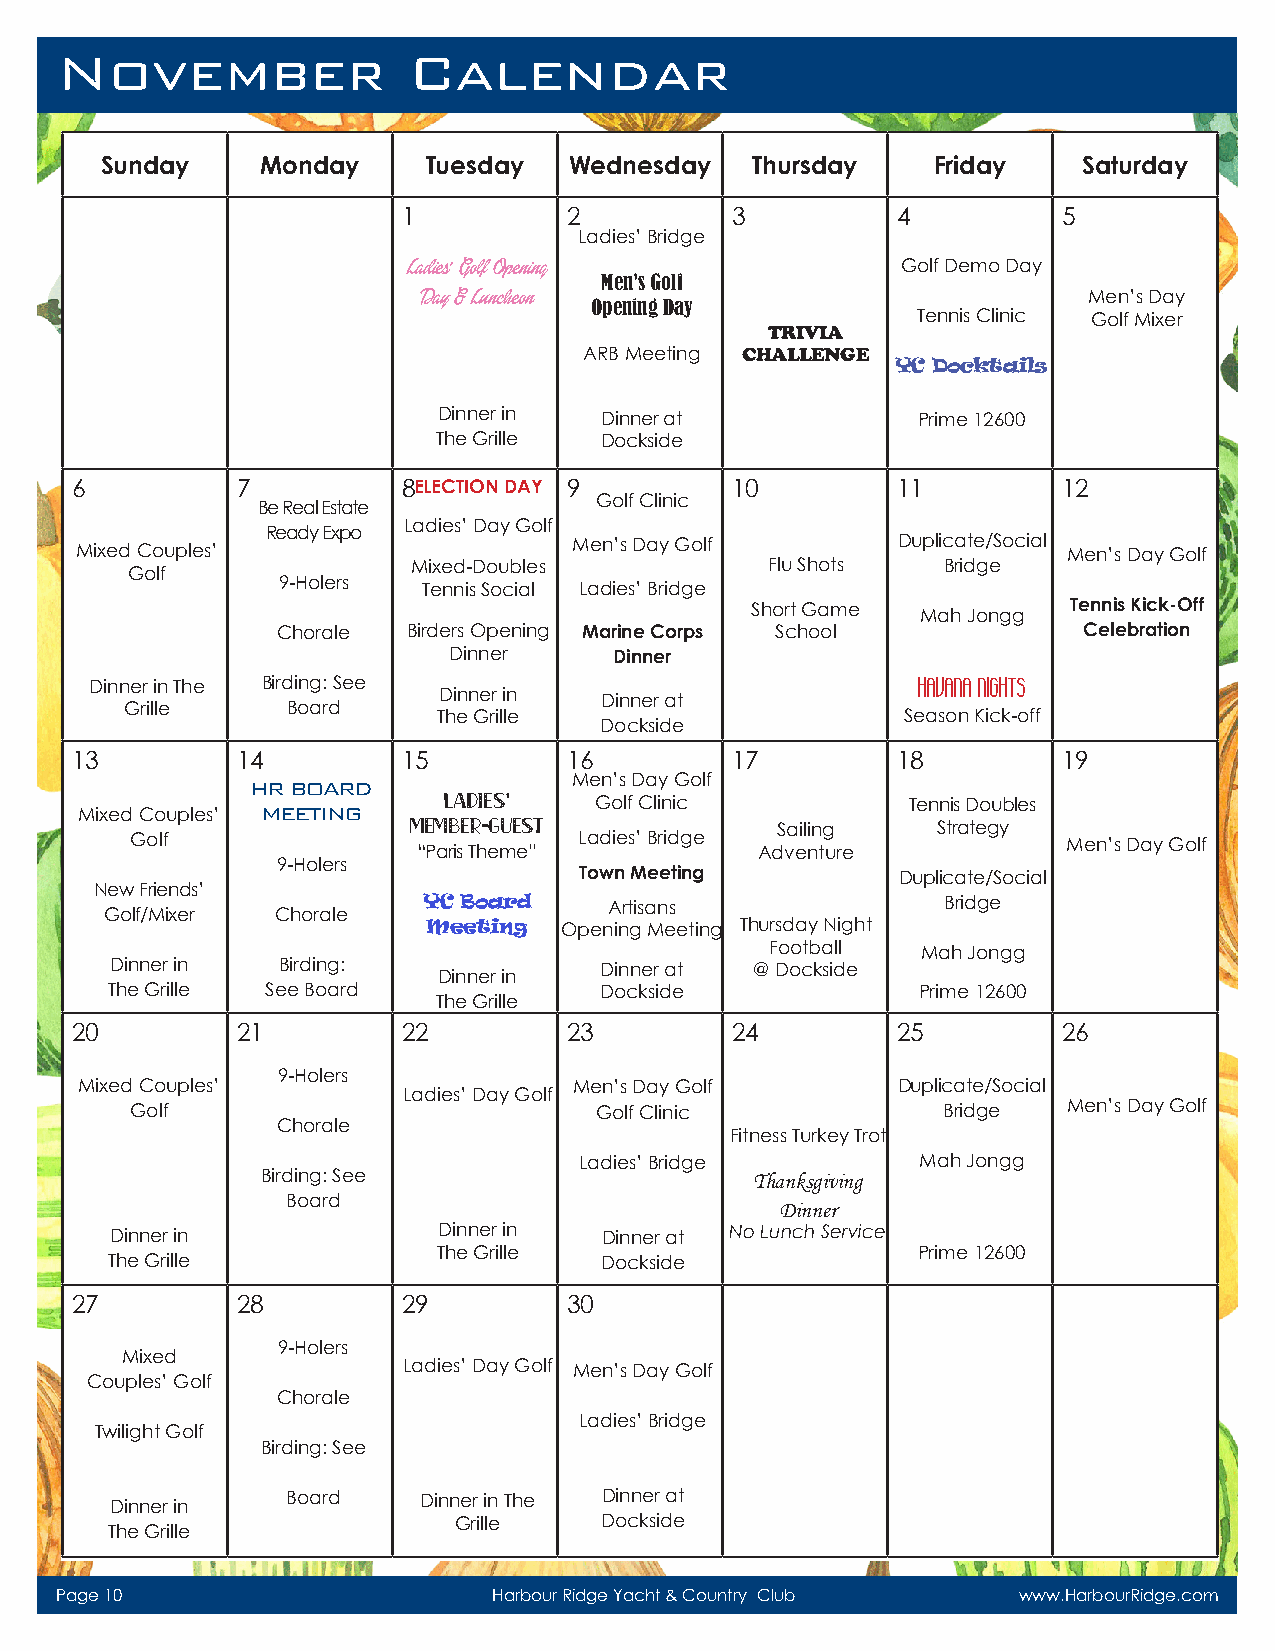
November               Calendar
 Sunday    Monday     Tuesday   Wednesday   Thursday    Friday    Saturday
 1          2         3          4          5
 Ladies’ Bridge
 Ladies’ Golf Opening             Golf Demo Day
 Men’s Golf
 Day & Luncheon                              Men’s Day
 Opening Day
 Tennis Clinic Golf Mixer
 TRIVIA
 ARB Meeting CHALLENGE
 YC Docktails
 Dinner in  Dinner at            Prime 12600
 The Grille Dockside
 6          7          8ELECTION DAY 9      10         11         12
 Golf Clinic
 Be Real Estate
 Ladies’ Day Golf
 Ready Expo
 Men’s Day Golf       Duplicate/Social
 Mixed Couples’                                                    Men’s Day Golf
 Golf               Mixed-Doubles           Flu Shots  Bridge
 9-Holers  Tennis Social Ladies’ Bridge
 Short Game           Tennis Kick-Off
 Mah Jongg
 Chorale  Birders Opening Marine Corps School          Celebration
 Dinner     Dinner
 Dinner in The Birding: See Dinner in Dinner at         HAVANA NIGHTS
 Grille     Board
 The Grille                     Season Kick-off
 Dockside
 13         14         15         16        17         18         19
 HR BOARD             Men’s Day Golf
 Mixed Couples’ MEETING  Ladies’   Golf Clinic          Tennis Doubles
 Member-Guest            Sailing    Strategy
 Golf                         Ladies’ Bridge                   Men’s Day Golf
 “Paris Theme”         Adventure
 9-Holers
 Town Meeting         Duplicate/Social
 New Friends’
 YC Board    Artisans               Bridge
 Golf/Mixer Chorale
 Meeting  Opening Meeting Thursday Night
 Football  Mah Jongg
 Dinner in  Birding:              Dinner at @ Dockside
 Dinner in
 The Grille See Board             Dockside             Prime 12600
 The Grille
 20         21         22         23        24         25         26
 9-Holers
 Mixed Couples’                   Men’s Day Golf       Duplicate/Social
 Ladies’ Day Golf
 Golf                          Golf Clinic            Bridge   Men’s Day Golf
 Chorale
 Fitness Turkey Trot
 Ladies’ Bridge         Mah Jongg
 Birding: See                     Thanksgiving
 Board
 Dinner
 Dinner in             Dinner in  Dinner at No Lunch Service
 The Grille                      Prime 12600
 The Grille                       Dockside
 27         28         29         30
 9-Holers
 Mixed
 Ladies’ Day Golf Men’s Day Golf
 Couples’ Golf
 Chorale
 Ladies’ Bridge
 Twilight Golf
 Birding: See
 Dinner in   Board    Dinner in The Dinner at
 Grille    Dockside
 The Grille
 Page 10                      Harbour Ridge Yacht & Country Club www.HarbourRidge.com